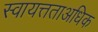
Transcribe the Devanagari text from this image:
स्वायत्तताअधिक